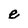
Character: e